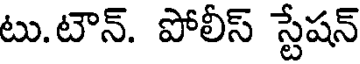
టు.టౌన్. పోలీస్ స్టేషన్